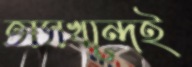
তাসখন্দেই